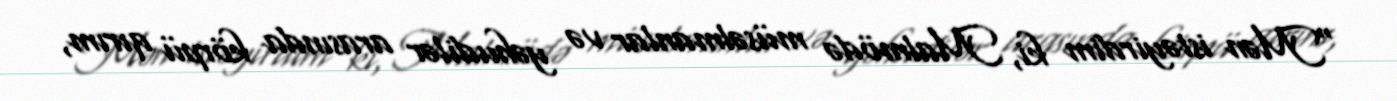
“Mən istəyirdim ki, Malmödə müsəlmanlar və yəhudilər arasında körpü qırım,